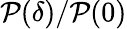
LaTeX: \mathcal{P}(\delta)/\mathcal{P}(0)